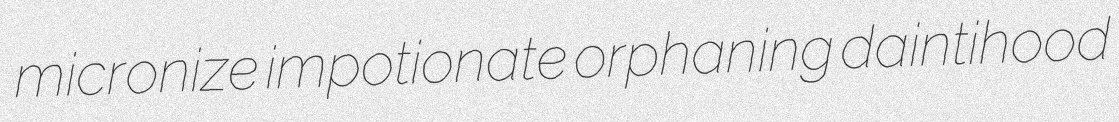
micronize impotionate orphaning daintihood